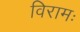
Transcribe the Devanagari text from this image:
विरामः